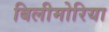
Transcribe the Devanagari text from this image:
बिलीमोरिया